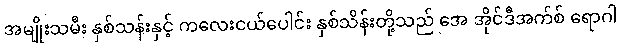
အမျိုးသမီး နှစ်သန်းနှင့် ကလေးငယ်ပေါင်း နှစ်သိန်းတို့သည် အေ အိုင်ဒီအက်စ် ရောဂါ